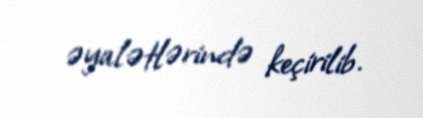
əyalətlərində keçirilib.